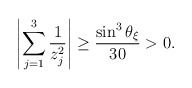
\begin{align*}\left|\sum_{j=1}^3 \frac{1}{z_j^2} \right| \geq \frac{\sin^3\theta_\xi }{30} >0.\end{align*}